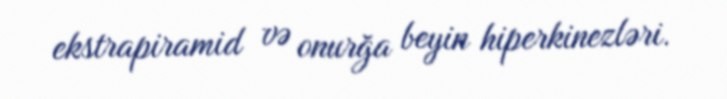
ekstrapiramid və onurğa beyin hiperkinezləri.